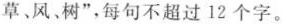
草﹑风树”，每句不超过12个字。